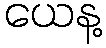
ယေန့